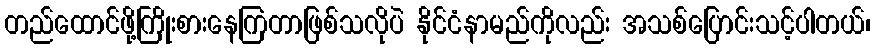
တည်ထောင်ဖို့ကြိုးစားနေကြတာဖြစ်သလိုပဲ နိုင်ငံနာမည်ကိုလည်း အသစ်ပြောင်းသင့်ပါတယ်၊